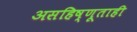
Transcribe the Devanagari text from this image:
असहिष्णूताही